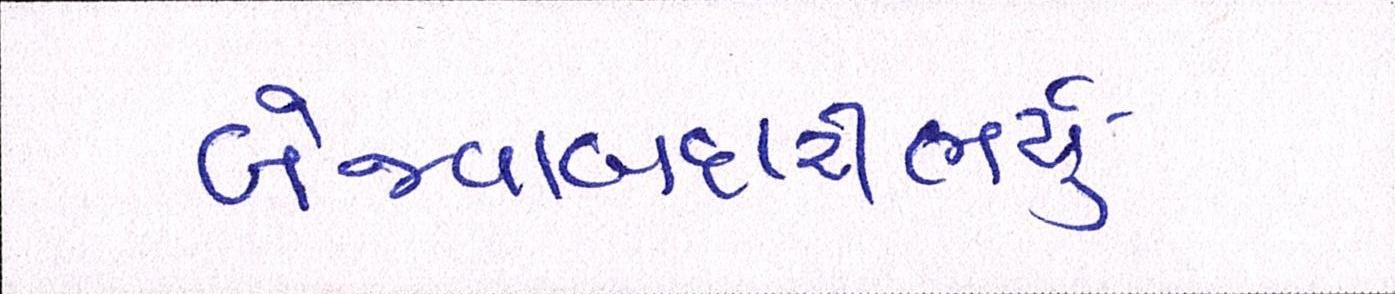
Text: બેજવાબદારીભર્યું